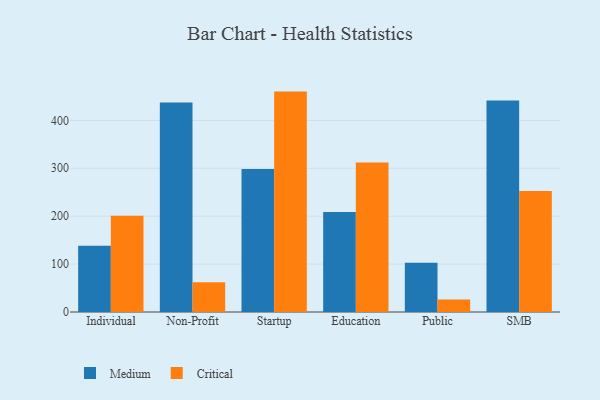
{"axis": {"x": "Segment", "y": "LTV (USD)"}, "legend": ["Critical", "Medium"], "data": [{"x": "Individual", "y": 138.4, "type": "Medium"}, {"x": "Individual", "y": 200.9, "type": "Critical"}, {"x": "Non-Profit", "y": 437.6, "type": "Medium"}, {"x": "Non-Profit", "y": 62.0, "type": "Critical"}, {"x": "Startup", "y": 298.6, "type": "Medium"}, {"x": "Startup", "y": 460.1, "type": "Critical"}, {"x": "Education", "y": 208.7, "type": "Medium"}, {"x": "Education", "y": 312.1, "type": "Critical"}, {"x": "Public", "y": 102.9, "type": "Medium"}, {"x": "Public", "y": 26.1, "type": "Critical"}, {"x": "SMB", "y": 441.5, "type": "Medium"}, {"x": "SMB", "y": 252.7, "type": "Critical"}]}